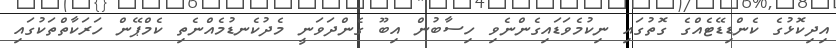
އިދިކޮޅުގެ ކެންޑިޑޭޓެއްގެ ގޮތުގައި ނިކުމެވަޑައިގެންނެވި ހިސާބުން އިބޫ ގެންދަވަނީ މެދުކެނޑުމެއްނެތި ކެމްޕޭން ހަރަކާތްތަކުގައި